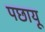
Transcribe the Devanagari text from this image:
पछायू